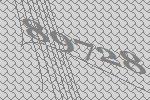
89728